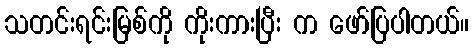
သတင်းရင်းမြစ်ကို ကိုးကားပြီး က ဖော်ပြပါတယ်။